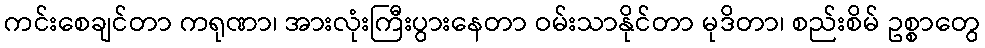
ကင်းစေချင်တာ ကရုဏာ၊ အားလုံးကြီးပွားနေတာ ဝမ်းသာနိုင်တာ မုဒိတာ၊ စည်းစိမ် ဥစ္စာတွေ